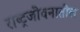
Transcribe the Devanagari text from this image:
राष्ट्रजीवनातील